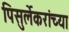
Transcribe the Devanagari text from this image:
पिसुर्लेकरांच्या